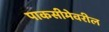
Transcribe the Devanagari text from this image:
पाकसीमेवरील